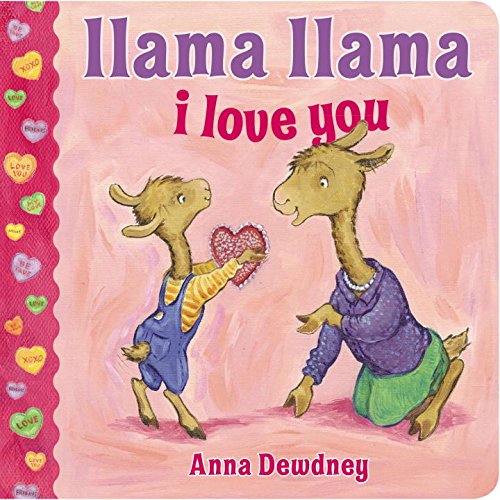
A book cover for Llama Llama I Love You; Anna Dewdney; Children's Books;